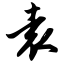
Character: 袁